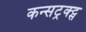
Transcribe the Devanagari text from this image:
कन्सट्रक्ट्स